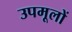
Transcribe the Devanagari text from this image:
उपमूलों